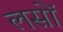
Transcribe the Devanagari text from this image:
लसों